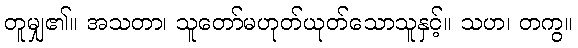
တူမျှ၏။ အသတာ၊ သူတော်မဟုတ်ယုတ်သောသူနှင့်။ သဟ၊ တကွ။